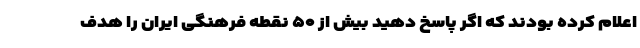
اعلام کرده بودند که اگر پاسخ دهید بیش از ۵۰ نقطه فرهنگی ایران را هدف